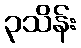
၃သိန်း